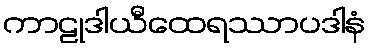
ကာဠုဒါယီထေရဿာပဒါနံ